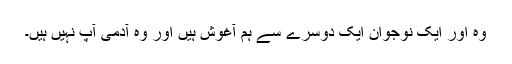
وہ اور ایک نوجوان ایک دوسرے سے ہم آغوش ہیں اور وہ آدمی آپ نہیں ہیں۔